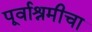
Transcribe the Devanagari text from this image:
पूर्वाश्रमीचा